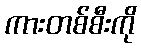
ကားတစ်စီးကို